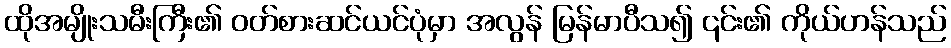
ထိုအမျိုးသမီးကြီး၏ ဝတ်စားဆင်ယင်ပုံမှာ အလွန် မြန်မာပီသ၍ ၎င်း၏ ကိုယ်ဟန်သည်